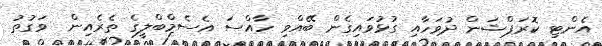
އެންޓި ކޮރަޕްޝަން ދުވަހާއި ގުޅުވައިގެން ބޭއްވި ހާއްސަ އެސެމްބްލީގެ ތެރެއިން  ވަގުތު